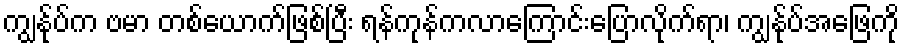
ကျွန်ုပ်က ဗမာ တစ်ယောက်ဖြစ်ပြီး ရန်ကုန်ကလာကြောင်းပြောလိုက်ရာ၊ ကျွန်ုပ်အဖြေကို